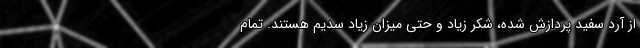
از آرد سفید پردازش شده، شکر زیاد و حتی میزان زیاد سدیم هستند. تمام